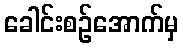
ခေါင်းစဉ်အောက်မှ